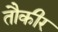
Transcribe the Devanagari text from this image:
तौकीर